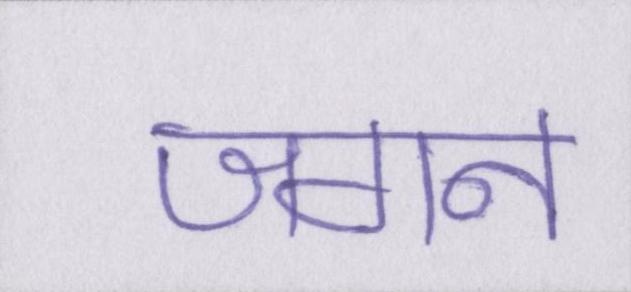
जगन